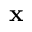
\bf x